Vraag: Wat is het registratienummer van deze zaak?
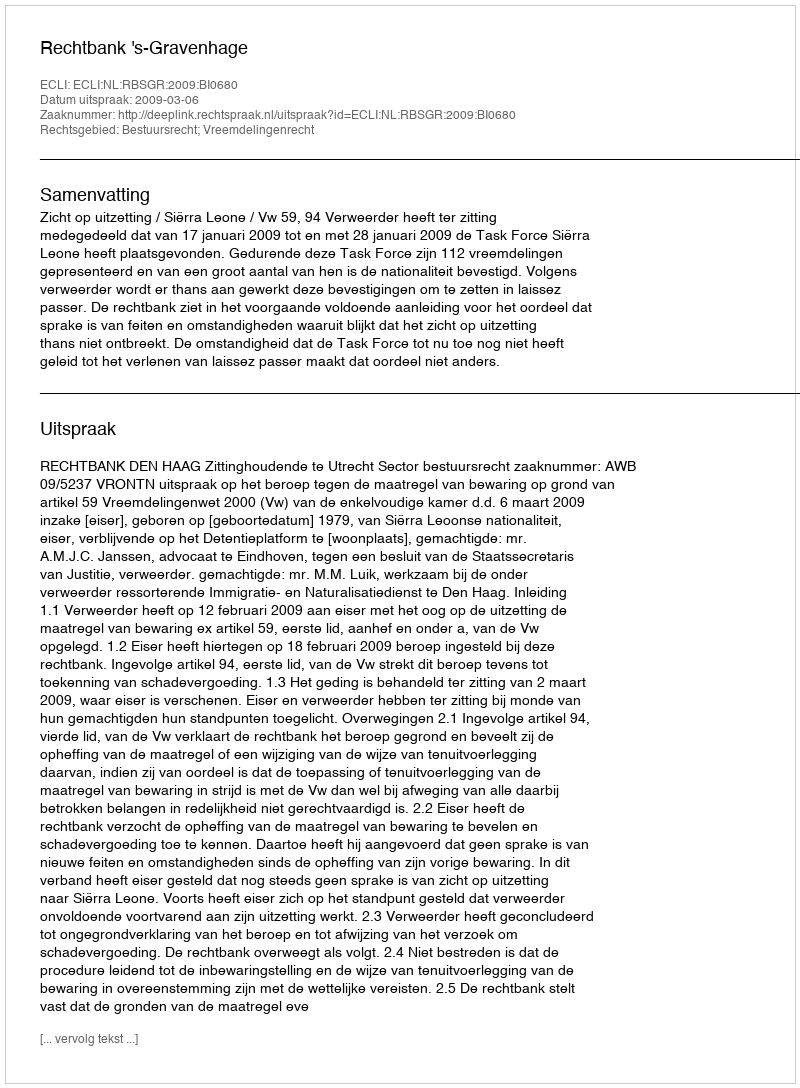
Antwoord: http://deeplink.rechtspraak.nl/uitspraak?id=ECLI:NL:RBSGR:2009:BI0680